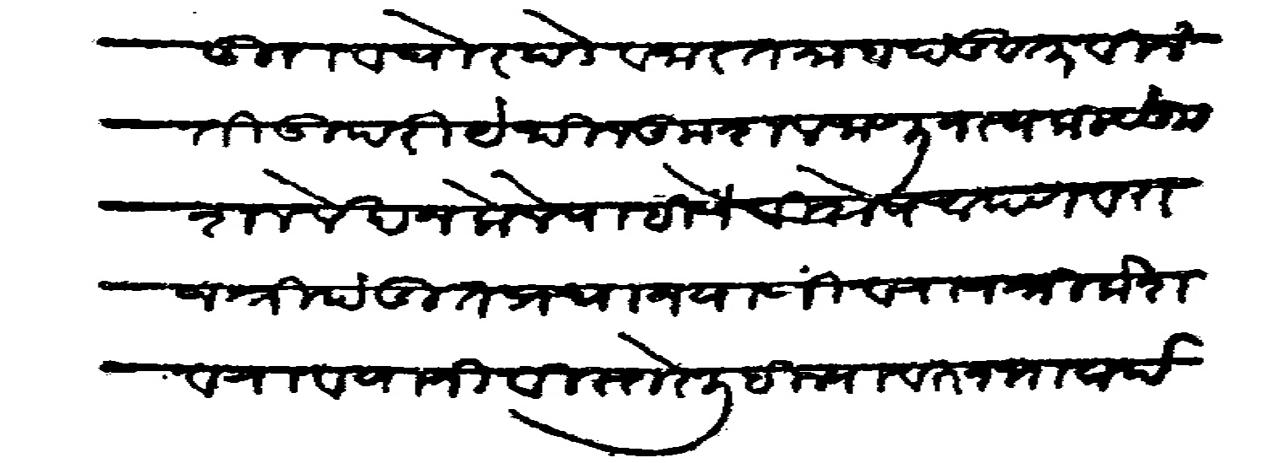
Transliteration (Devanagari): हिदुराव घोरपडे वजारसतमाहा दंडवत विनंती उपरी येथील कुशल जाणून स्वकीये कुशल लेखन केले पाहिजे विशेष आपण व राजश्री पंडित प्रधान याणी व राजश्री केशव राव यानी विस्तारे लिहील्या वरून भावार्थ